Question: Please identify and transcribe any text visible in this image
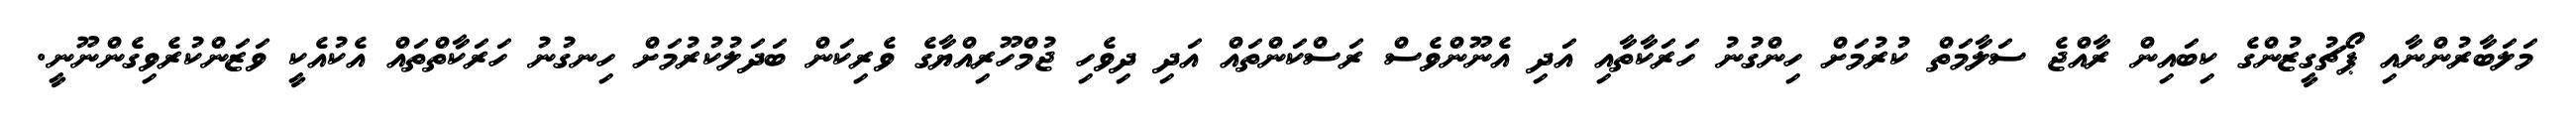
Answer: މަލަބާރުންނާއި ޕޯޗުގީޒުންގެ ކިބައިން ރާއްޖެ ސަލާމަތް ކުރުމަށް ހިންގުނު ހަރަކާތާއި އަދި އެނޫންވެސް ރަސްކަންތައް އަދި ދިވެހި ޖުމްހޫރިއްޔާގެ ވެރިކަން ބަދަލުކުރުމަށް ހިނގުނު ހަރަކާތްތައް އެކުއެކީ ވަޒަންކުރެވިގެންނޫނީ.